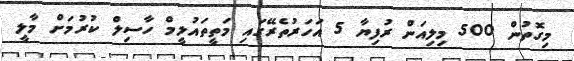
މިގޮތުން 500 މިލިއަން ރުފިޔާ 5 އަހަރުތެރޭގައި މަތީތައުލީމް ހާސިލް ކުރުމަށް މާލީ